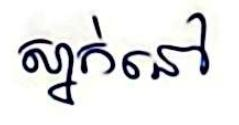
ស្នាក់នៅ